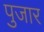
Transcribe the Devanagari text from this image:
पुजार